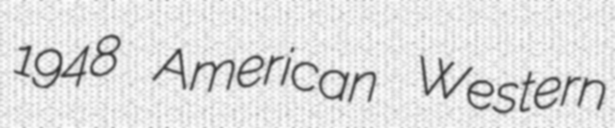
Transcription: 1948 American Western